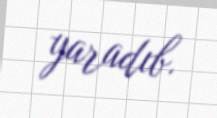
yaradıb.